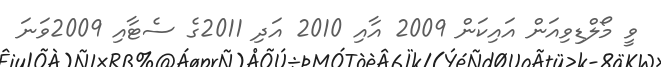
ވީ މޯލްޑިވިއަން އައިކަން 2009 އާއި 2010 އަދި 2011ގެ ސެޓާއި 2009ވަނަ